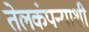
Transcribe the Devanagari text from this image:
तेलकंपन्याशी